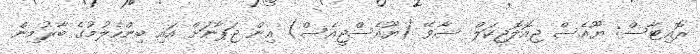
ރޮއިޓާސް: ޔޫއެސް ޖިއޮލޮޖިކަލް ސާވޭ (ޔޫއެސްޖީއެސް) އިން ޖަޕާނަށް އައި ބިންހެލުމުގެ ބާރުމިން